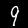
Digit: 9